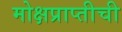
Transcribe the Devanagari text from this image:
मोक्षप्राप्तीची